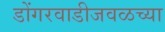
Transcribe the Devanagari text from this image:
डोंगरवाडीजवळच्या